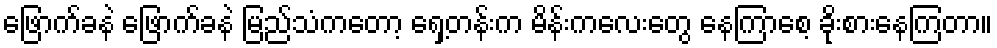
ဖြောက်ခနဲ ဖြောက်ခနဲ မြည်သံကတော့ ရှေ့တန်းက မိန်းကလေးတွေ နေကြာစေ့ ခိုးစားနေကြတာ။